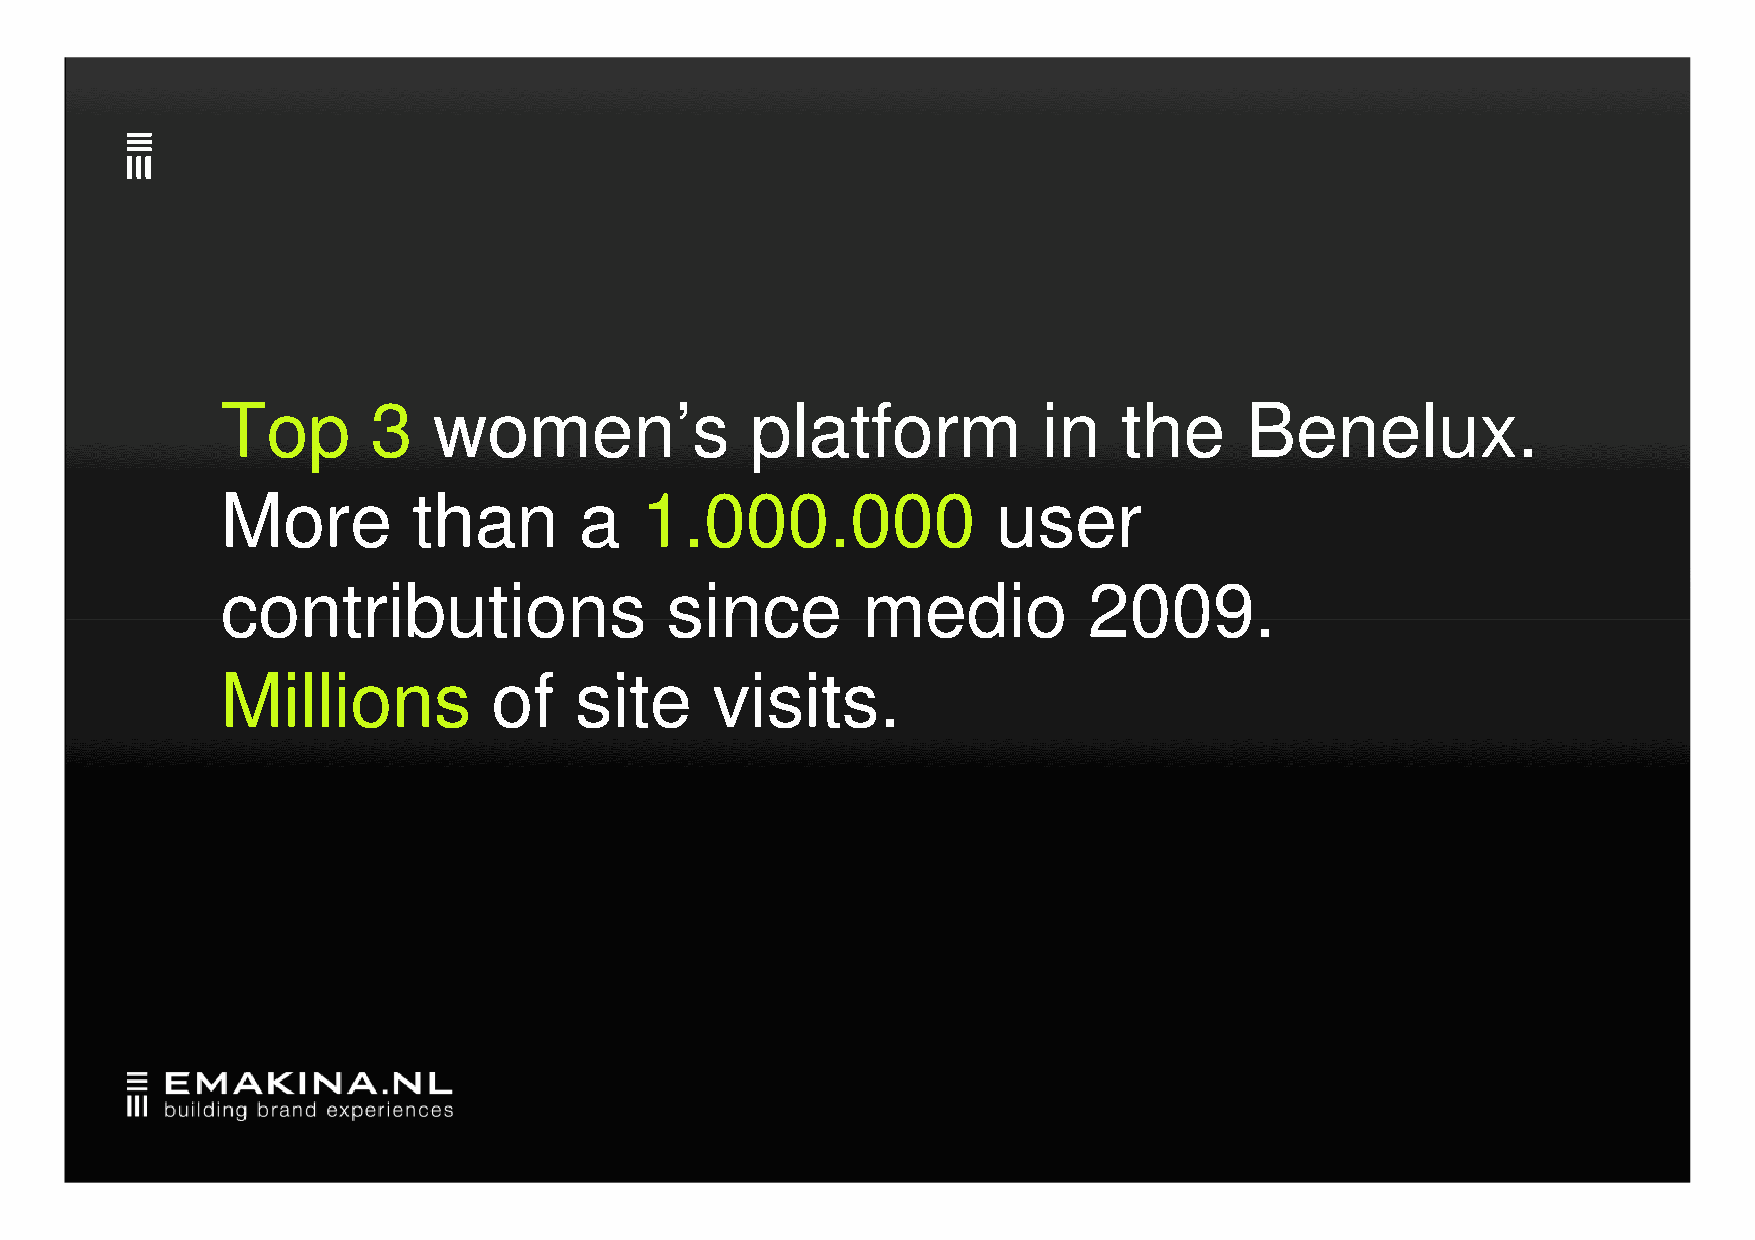
Top       3   women’s              platform           in   the     Benelux.
 More        than       a   1.000.000               user
 ccoonnttrriibbuuttiioonnss   ssiinnccee   mmeeddiioo     22000099..
 Millions          of   site     visits.